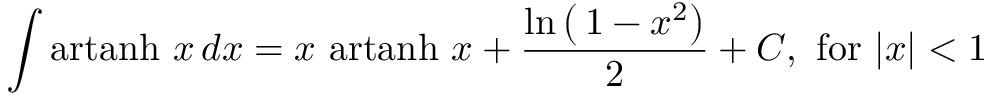
\int \operatorname { a r t a n h } \, x \, d x = x \, \operatorname { a r t a n h } \, x + { \frac { \ln \left( \, 1 - x ^ { 2 } \right) } { 2 } } + C , { \mathrm { ~ f o r ~ } } \vert x \vert < 1